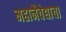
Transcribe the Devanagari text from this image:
महानैवेद्याचा